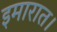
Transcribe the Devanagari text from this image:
इमारात।